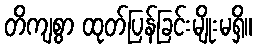
တိကျစွာ ထုတ်ပြန်ခြင်းမျိုးမရှိ။